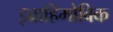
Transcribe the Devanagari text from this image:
इब्राहिमोविक